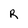
Character: R